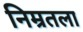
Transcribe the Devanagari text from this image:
निम्रतला